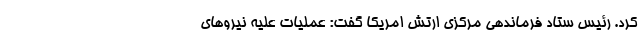
کرد. رئیس ستاد فرماندهی مرکزی ارتش امریکا گفت: عملیات علیه نیروهای